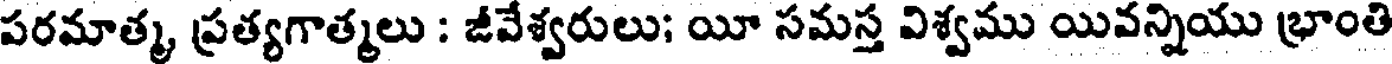
పరమాత్మ, ప్రత్యగాత్మలు : జీవేశ్వరులు; యీ సమస్త విశ్వము యివన్నియు భ్రాంతి